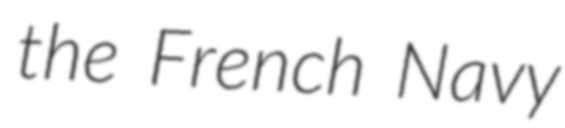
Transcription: the French Navy